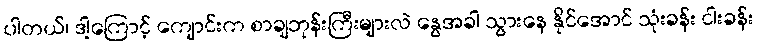
ပါတယ်၊ ဒါ့ကြောင့် ကျောင်းက စာချဘုန်းကြီးများလဲ နွေအခါ သွားနေ နိုင်အောင် သုံးခန်း ငါးခန်း